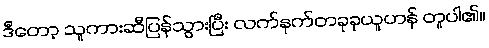
ဒီတော့ သူကားဆီပြန်သွားပြီး လက်နက်တခုခုယူဟန် တူပါ၏။